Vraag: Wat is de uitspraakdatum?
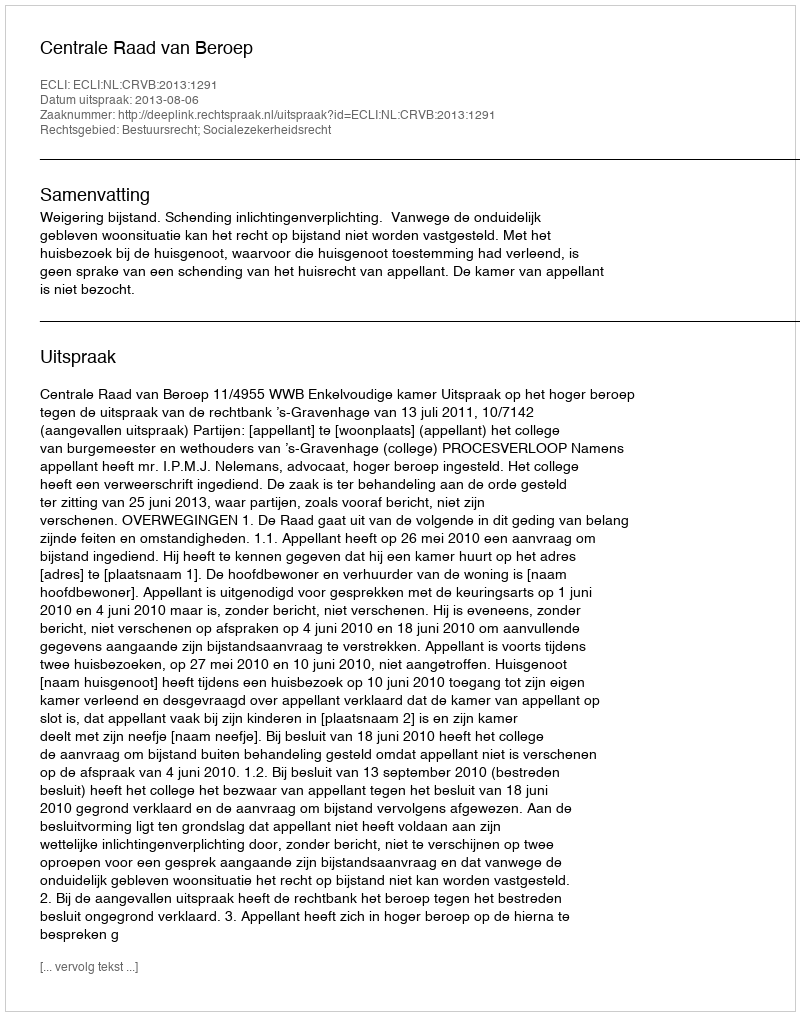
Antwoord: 2013-08-06